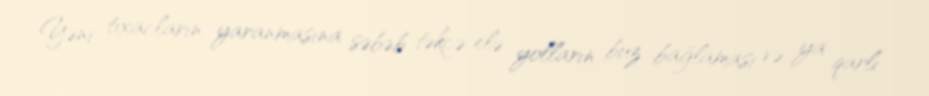
Yəni tıxacların yaranmasına səbəb təkcə elə yolların buz bağlaması və ya qarlı